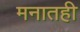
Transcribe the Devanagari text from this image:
मनातही